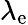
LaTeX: \lambda_{\mathrm{e}}